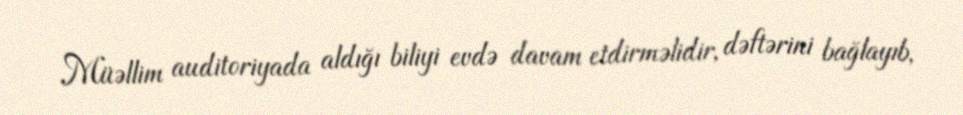
Müəllim auditoriyada aldığı biliyi evdə davam etdirməlidir, dəftərini bağlayıb,